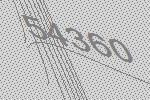
54360